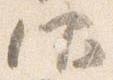
仰